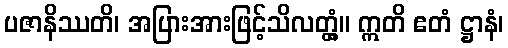
ပဇာနိဿတိ၊ အပြားအားဖြင့်သိလတ္တံ့။ ဣတိ ဧတံ ဋ္ဌာနံ၊